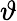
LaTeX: \vartheta